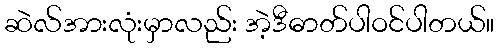
ဆဲလ်အားလုံးမှာလည်း အဲ့ဒီဓာတ်ပါဝင်ပါတယ်။